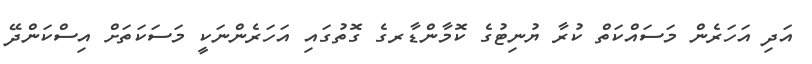
އަދި އަހަރެން މަސައްކަތް ކުރާ ޔުނިޓުގެ ކޮމާންޑާރގެ ގޮޮތުގައި އަހަރެންނަކީ މަސަކަތަށް އިސްކަންދޭ